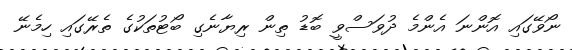
ނޯވޭގައި އޮންނަ އެންމެ ދުވަސްވީ ބޮޑު ތިން ރިޔާނެގި ބޯޓުތަކުގެ ތެރޭގައި ހިމެނޭ